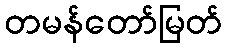
တမန်တော်မြတ်